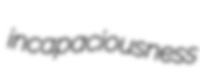
incapaciousness